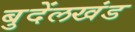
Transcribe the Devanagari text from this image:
बुदेंलखंड